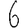
Digit: 6